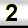
Digit: 2